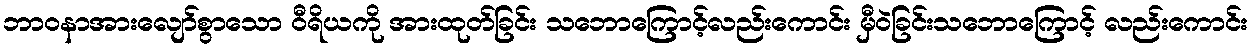
ဘာဝနာအားလျော်စွာသော ဝီရိယကို အားထုတ်ခြင်း သဘောကြောင့်လည်းကောင်း မှီဝဲခြင်းသဘောကြောင့် လည်းကောင်း